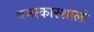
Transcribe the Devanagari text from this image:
चमत्कारशाली